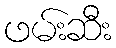
ဖမ်းဆီး